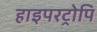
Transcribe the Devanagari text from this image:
हाइपरट्रोपि